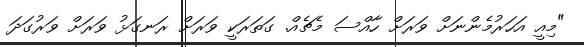
"މިއީ އަހަރުމެންނަށް ވަރަށް ހާއްސަ މެޗެއް. ގަތަރަކީ ވަރަށް ރަނގަޅު ވަރަށް ވަރުގަދަ